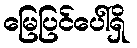
မြေပြင်ပေါ်ရှိ